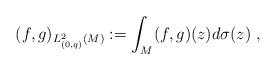
LaTeX: \begin{align*}(f,g)_{L^{2}_{(0,q)}(M)}:=\int_{M}(f,g)(z)d\sigma(z) \;,\end{align*}